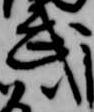
武